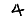
Digit: 4